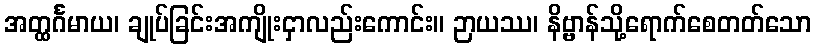
အတ္ထင်္ဂမာယ၊ ချုပ်ခြင်းအကျိုးငှာလည်းကောင်း။ ဉာယဿ၊ နိဗ္ဗာန်သို့ရောက်စေတတ်သော